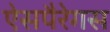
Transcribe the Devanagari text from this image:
ऐसपैरेगस